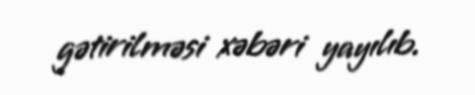
gətirilməsi xəbəri yayılıb.